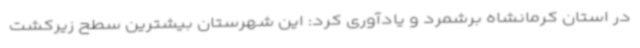
در استان کرمانشاه برشمرد و یادآوری کرد: این شهرستان بیشترین سطح زیرکشت